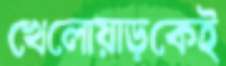
খেলোয়াড়কেই